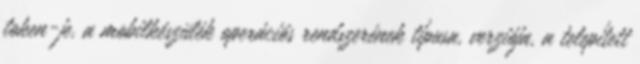
token-je, a mobilkészülék operációs rendszerének típusa, verziója, a telepített